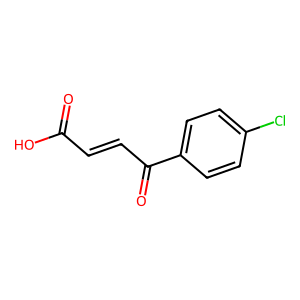
SMILES: O=C(O)C=CC(=O)c1ccc(Cl)cc1
Inhibits HIV replication: No